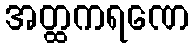
အတ္ထကရဏေ